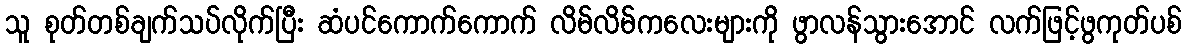
သူ စုတ်တစ်ချက်သပ်လိုက်ပြီး ဆံပင်ကောက်ကောက် လိမ်လိမ်ကလေးများကို ဖွာလန်သွားအောင် လက်ဖြင့်ဖွကုတ်ပစ်